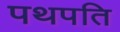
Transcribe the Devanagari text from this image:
पथपति